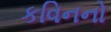
કવિનનો